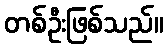
တစ်ဦးဖြစ်သည်။